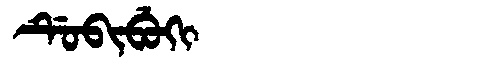
Manchu: ᡩᡠᠪᡳᠪᡠᡴᡳ
Romanization: DUBIBUKI